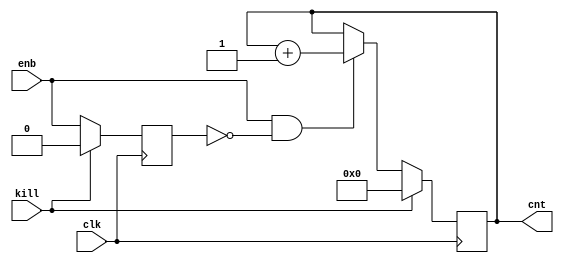
module cntr_enb_by_posedge
(
   input          clk,
	input          kill,
	
	input          enb,
	
	output reg [3 : 0] cnt
);

reg enb_delay;
wire enb_posedge;

always @( posedge clk )
  if ( kill )
    enb_delay <= 1'b0;
  else 
    enb_delay <= enb;
	 
assign enb_posedge = enb && ~enb_delay;	 
	 
always @( posedge clk )
  if ( kill )
    cnt <= 4'b0;
  else if ( enb_posedge )
    cnt <= cnt + 1'b1;  
	 
endmodule